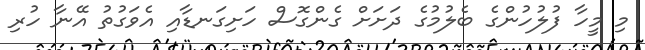
މި މީހާ ފުލުހުންގެ ބެލުމުގެ ދަށަށް ގެންގޮސް ހަށިގަނޑާއި އެވަގުތު އޭނާ ހުރި